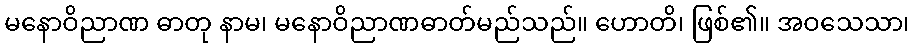
မနောဝိညာဏ ဓာတု နာမ၊ မနောဝိညာဏဓာတ်မည်သည်။ ဟောတိ၊ ဖြစ်၏။ အဝသေသာ၊